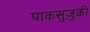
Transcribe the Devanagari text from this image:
पाकसुज़ुकी